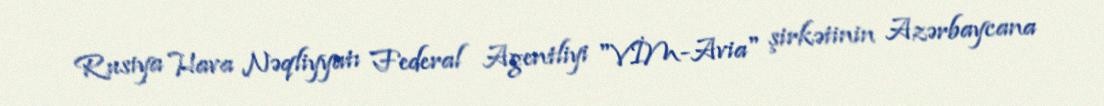
Rusiya Hava Nəqliyyatı Federal Agentliyi "VİM-Avia" şirkətinin Azərbaycana